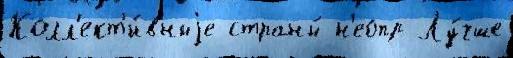
Колл'ект'и́вныjе страны́ н'еопр Лу́чше